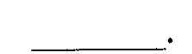
___.